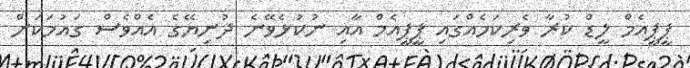
ޕީޕީއެމް ލީޑް ކުރާ ވެރިކަމެއްގައި ޕީޕީއެމް އާއި ނުކުޅެވޭނެ ދުނިޔޭގެ އެއްވެސް ގައުމަކަށް